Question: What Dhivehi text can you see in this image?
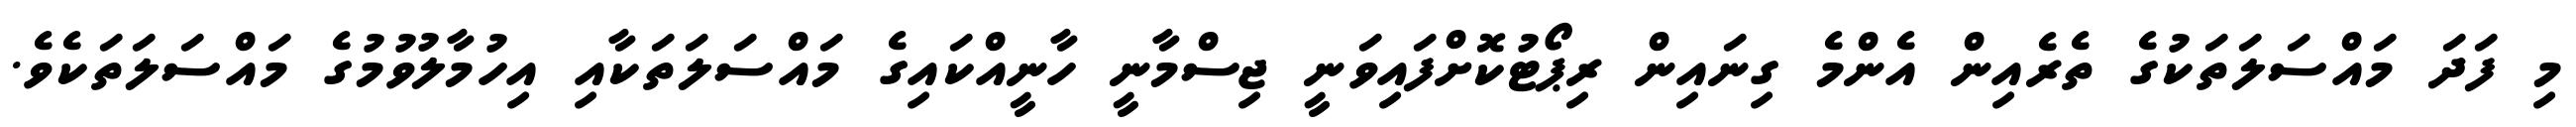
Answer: މި ފަދަ މައްސަލަތަކުގެ ތެރެއިން އެންމެ ގިނައިން ރިޕޯޓުކޮށްފައިވަނީ ޖިސްމާނީ ހާނީއްކައިގެ މައްސަލަތަކާއި އިހުމާލުވުމުގެ މައްސަލަތަކެވެ.